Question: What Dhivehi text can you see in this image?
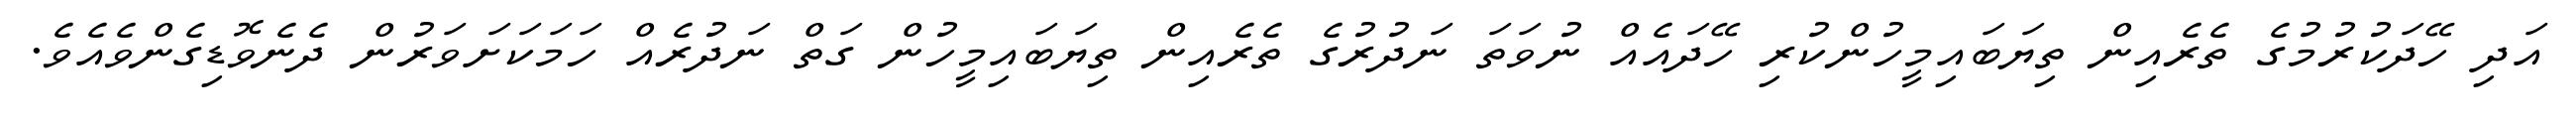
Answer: އަދި ހޭދަކުރުމުގެ ތެރެއިން ތިޔަބައިމީހުންކުރި ހޭދައެއް ނުވަތަ ނަދުރުގެ ތެރެއިން ތިޔަބައިމީހުން ގަތް ނަދުރެއް ހަމަކަށަވަރުން ދެނެވޮޑިގެންވެއެވެ.